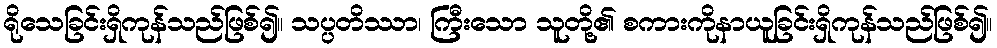
ရိုသေခြင်းရှိကုန်သည်ဖြစ်၍။ သပ္ပတိဿာ၊ ကြီးသော သူတို့၏ စကားကိုနာယူခြင်းရှိကုန်သည်ဖြစ်၍။